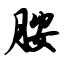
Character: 胺